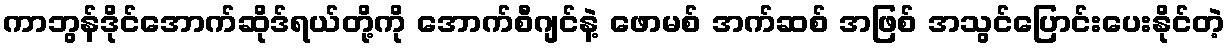
ကာဘွန်ဒိုင်အောက်ဆိုဒ်ရယ်တို့ကို အောက်စီဂျင်နဲ့ ဖောမစ် အက်ဆစ် အဖြစ် အသွင်ပြောင်းပေးနိုင်တဲ့